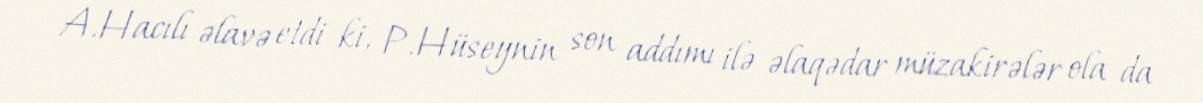
A.Hacılı əlavə etdi ki, P.Hüseynin son addımı ilə əlaqədar müzakirələr ola da